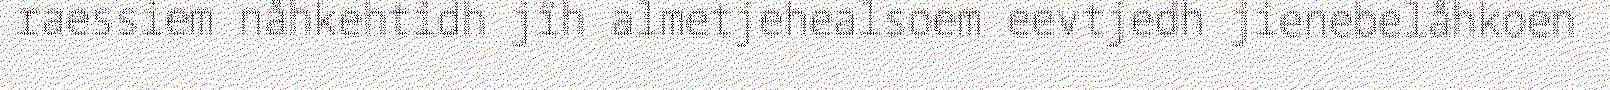
raessiem nåhkehtidh jïh almetjehealsoem eevtjedh jienebelåhkoen